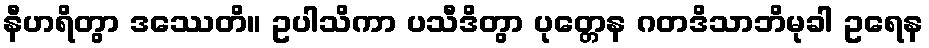
နီဟရိတွာ ဒဿေတိ။ ဥပါသိကာ ပသီဒိတွာ ပုတ္တေန ဂတဒိသာဘိမုခါ ဥရေန